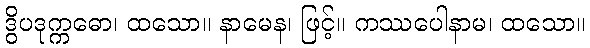
ဒွိပဒုက္ကဓော၊ ထသော။ နာမေန၊ ဖြင့်။ ကဿပေါနာမ၊ ထသော။